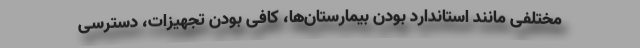
مختلفی مانند استاندارد بودن بیمارستان‌ها، کافی بودن تجهیزات، دسترسی